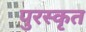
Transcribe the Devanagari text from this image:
पुरस्‍कृत